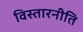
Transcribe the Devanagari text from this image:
विस्तारनीति